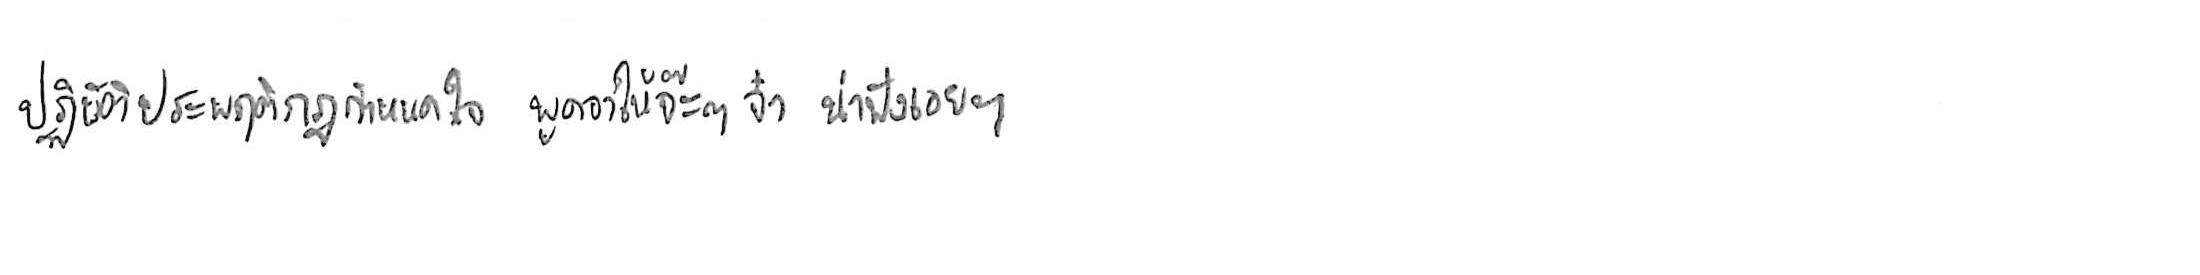
ปฏิบัติประพฤติกฎกำหนดใจ พูดจาให้จ๊ะๆ จ๋า น่าฟังเอยฯ